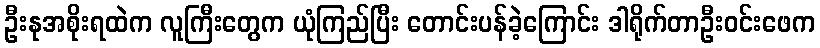
ဦးနုအစိုးရထဲက လူကြီးတွေက ယုံကြည်ပြီး တောင်းပန်ခဲ့ကြောင်း ဒါရိုက်တာဦးဝင်းဖေက